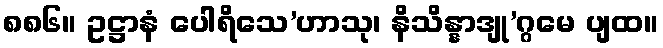
၈၈၆။ ဥဋ္ဌာနံ ပေါရိသေ’ဟာသု၊ နိသိန္နာဒျု’ဂ္ဂမေ ပျထ။